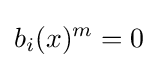
b_{i}(x)^{m}=0